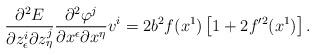
LaTeX: \begin{align*}\frac{\partial^2 E}{\partial z^i_{\epsilon}\partial z^j_{\eta}}\frac{\partial^2\varphi^j} {\partial x^{\epsilon}\partial x^{\eta}}v^i= 2b^2f(x^1)\left[ 1+2f'^2(x^1)\right].\end{align*}